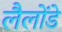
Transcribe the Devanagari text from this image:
लैलोंडे